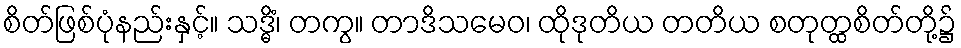
စိတ်ဖြစ်ပုံနည်းနှင့်။ သဒ္ဓိံ၊ တကွ။ တာဒိသမေဝ၊ ထိုဒုတိယ တတိယ စတုတ္ထစိတ်တို့၌